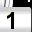
Digit: 1